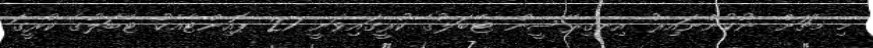
މި މެޗަށް ނުކުންނައިރު އިނގިރޭސީން ޓޭބަލުގެ ކުރީގައިވަނީ 27 ޕޮއިންޓާއެކު ޓޭބަލުގެ ކުރީގަ